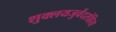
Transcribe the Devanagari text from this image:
शुक्लयजुर्वेदसंहिता